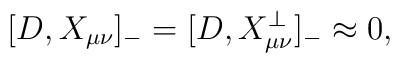
[ D , X_{\mu\nu} ]_- =[ D , X^\bot_{\mu\nu} ]_- \approx 0,